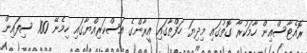
ރޮއެޓާސްއިން ހާމަކުރާ ގޮތުގައި މިދިޔަ ހަފްތާގައި އީރާންގެ އަސްކަރިއްޔާގައި ހިމެނޭ 100 ސިފައިން